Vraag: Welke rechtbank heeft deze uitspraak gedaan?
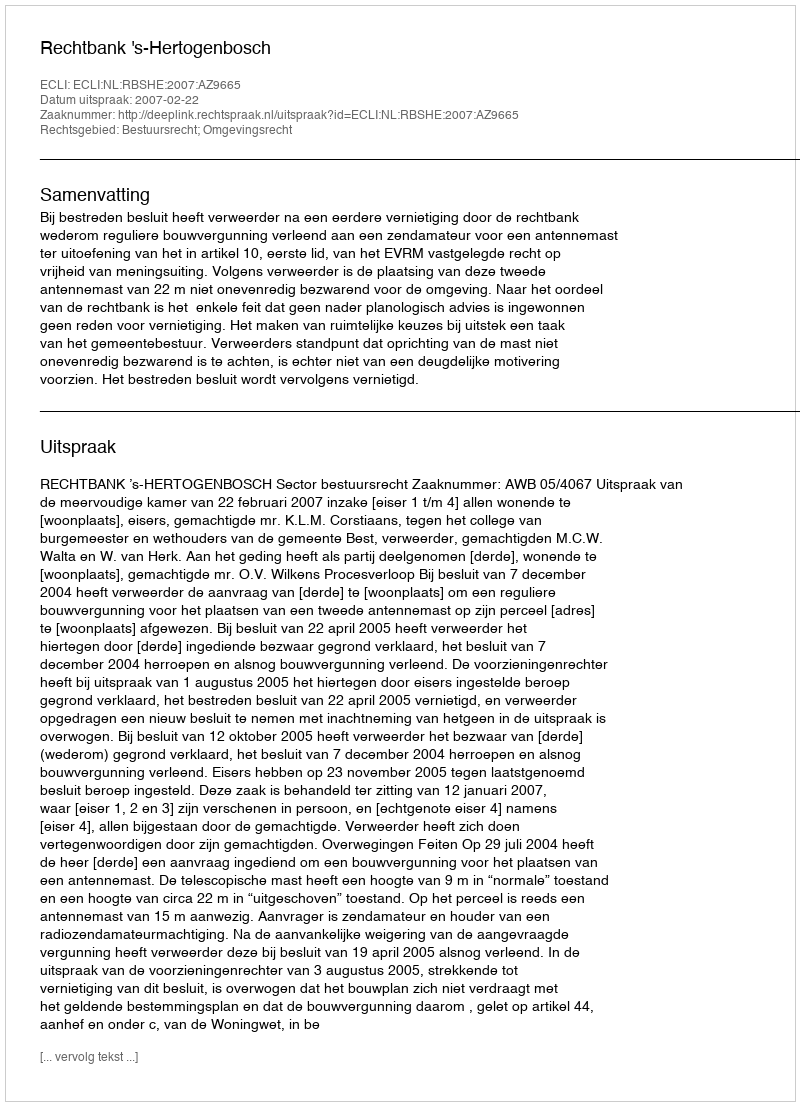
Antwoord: Rechtbank 's-Hertogenbosch